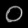
Digit: ၀